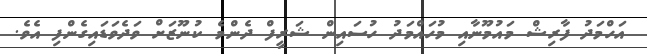
އަހްމަދު ފާރިޝް މައުމޫނާއި މުހައްމަދު ހުސައިން ޝަރީފް ދެންމެ ކުނޫޒަށް ވަދެވަޑައިގެންފި އެވެ.